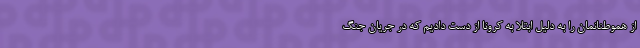
از هموطنانمان را به دلیل ابتلا به کرونا از دست دادیم که در جریان جنگ